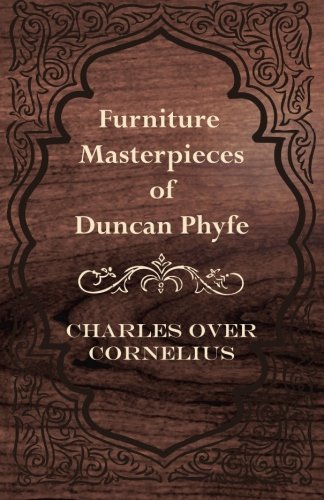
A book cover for Furniture Masterpieces of Duncan Phyfe; Charles Over Cornelius; Crafts, Hobbies & Home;